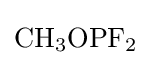
{\ce {CH_3OPF_2}}